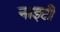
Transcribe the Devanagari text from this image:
नाइटी